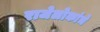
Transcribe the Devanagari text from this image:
राजेलोकांचे